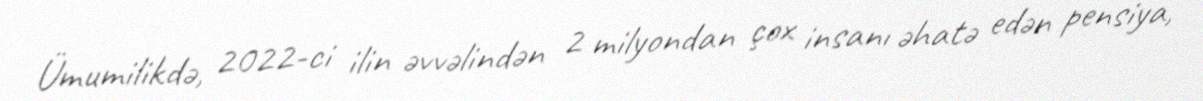
Ümumilikdə, 2022-ci ilin əvvəlindən 2 milyondan çox insanı əhatə edən pensiya,